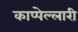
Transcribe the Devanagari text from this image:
काप्पेल्लारी